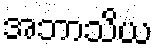
အဘာသိယ